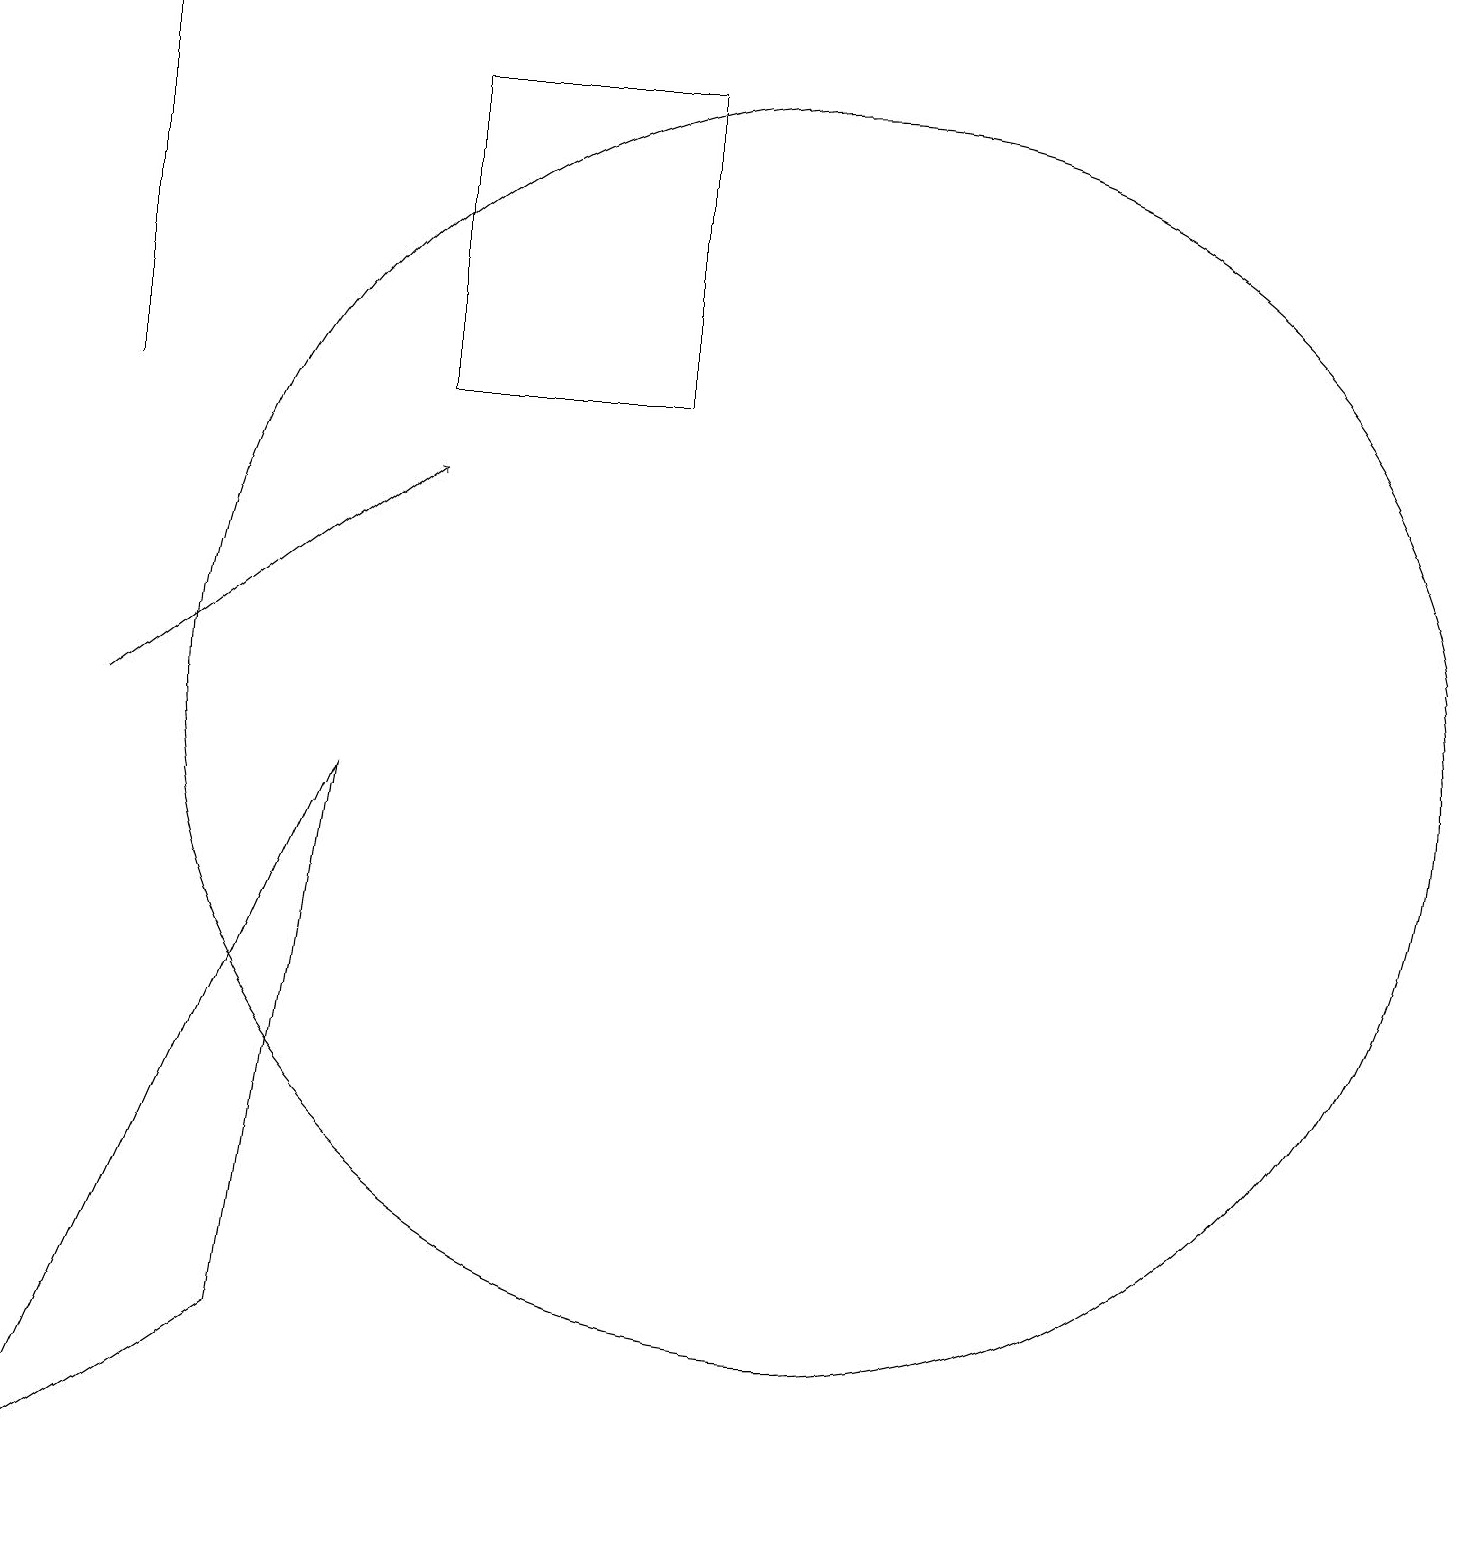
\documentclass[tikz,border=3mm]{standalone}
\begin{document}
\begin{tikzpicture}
\draw (8,18) rectangle (5,14);
\draw (4,9) -- (0,0) -- (3,2) -- cycle;
\draw (10,10) circle (8);
\draw (1,14) rectangle (1,19);
\draw[->] (1,10) -- (5,13);
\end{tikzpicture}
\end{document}